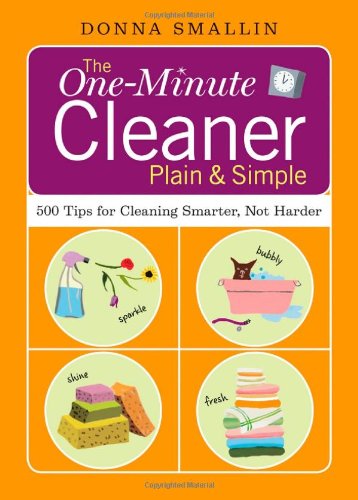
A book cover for The One-Minute Cleaner Plain & Simple: 500 Tips for Cleaning Smarter, Not Harder; Donna Smallin; Crafts, Hobbies & Home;